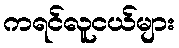
ကရင်လူငယ်များ